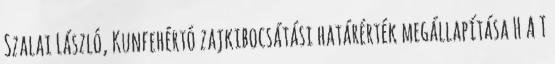
Szalai László, Kunfehértó zajkibocsátási határérték megállapítása H A T